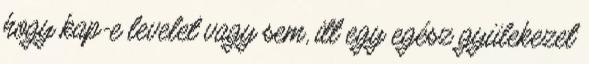
hogy kap-e levelet vagy sem, itt egy egész gyülekezet